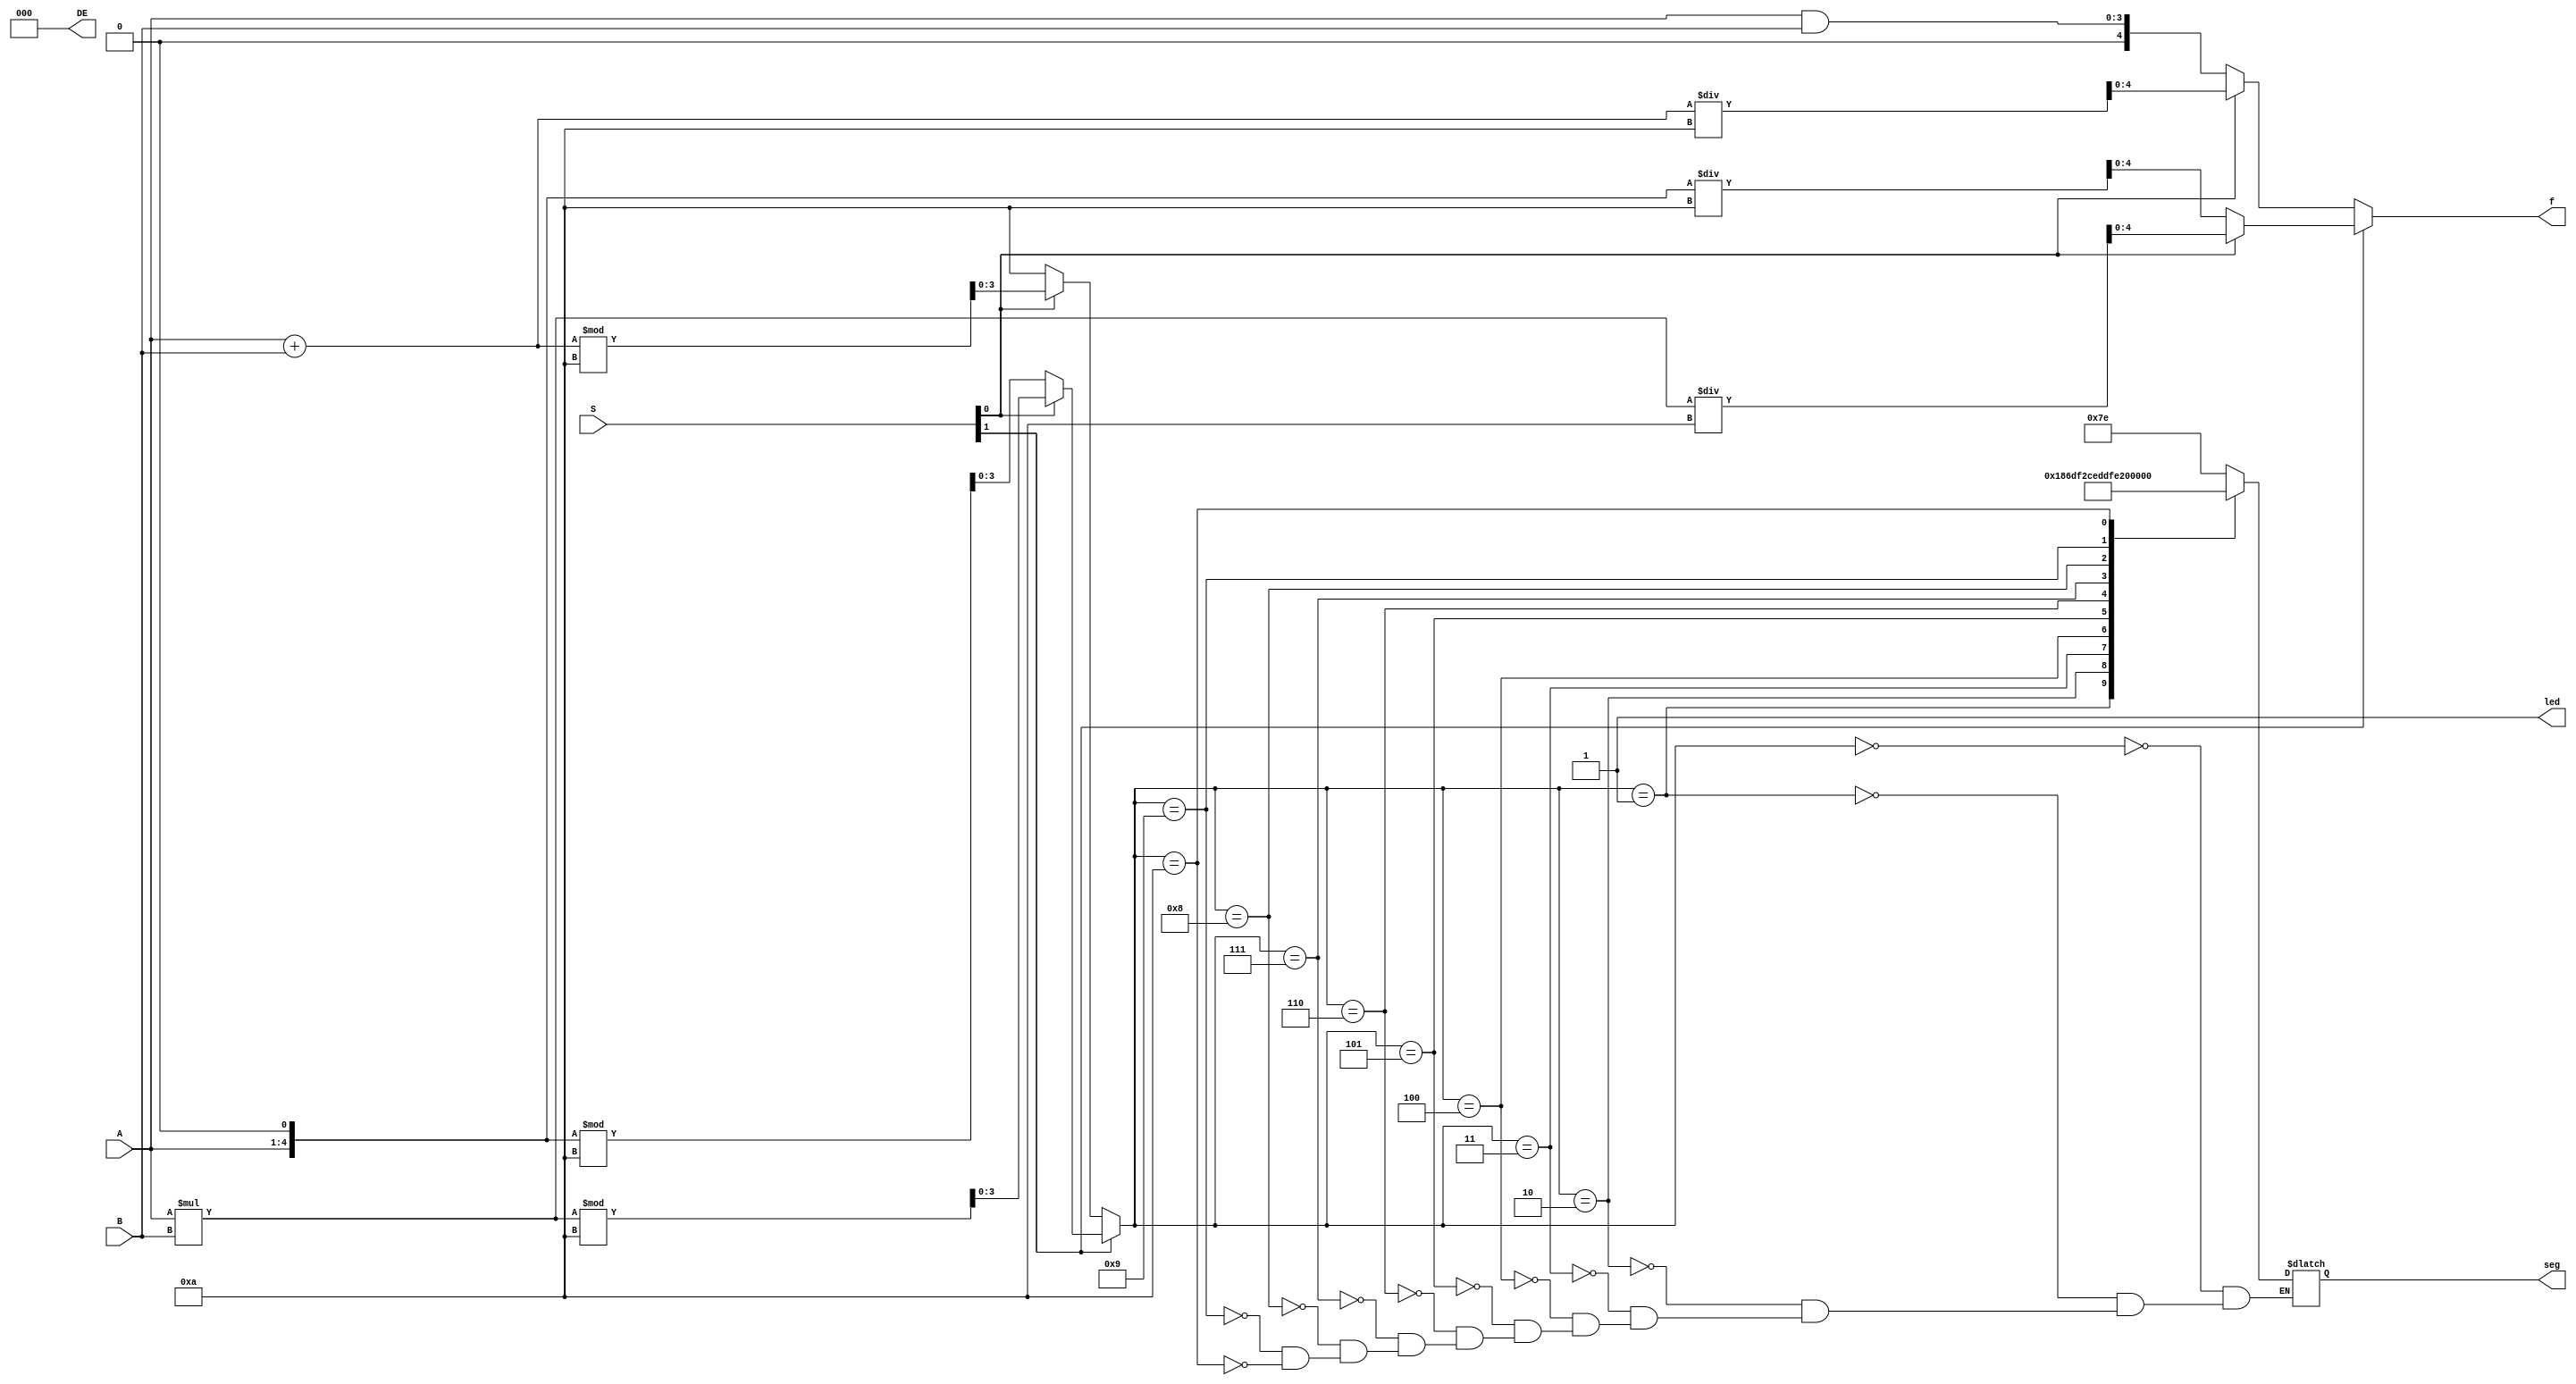
module exp4(f,seg,led,DE,A,B,S); //ALUi
 input [3:0]A,B; //J4-bits@8A[0]~A[3],B[0]~B[3]
 input [1:0]S; //J2-bits@2S[0],S[1]
 output [4:0]f; //X5-bits@5f[0]~f[4]
 output [6:0]seg; //X7-bits@7seg[0]~seg[6]
 output [2:0]DE; //X3-bits@3DE[0]~DE[2]
 output led; //XLEDO
 wire [4:0]x1,x2,x4; //ALUq|15usP
 wire [7:0]x3; //ALUq|8usP
 wire [3:0]out; //ALUq|4usP
 reg [6:0]seg; //Odseg[0]~seg[6]U@ws

 assign x1=A+B; //ix1A+B
 assign x2=A<<1; //ix2A*2
 assign x3=A*B; //ix3A*B
 assign x4=A&B; //ix4A&B

 assign f=S[1]?(S[0]?(x3/10):(x2/10)):(S[0]?(x1/10):x4); 
   //S[1]=1ABS[0]=1Af=x3/10;S[1]=1ABS[0]=0Af=x2/10;
   //S[1]=0ABS[0]=1Af=x1/10;S[1]=0ABS[0]=0Af=x4
 assign out=S[1]?(S[0]?(x3%10):(x2%10)):(S[0]?(x1%10):10); 
   //S[1]=1ABS[0]=1Aout=x3%10;S[1]=1ABS[0]=0Aout=x2%10;
   //S[1]=0ABS[0]=1Aout=x1%10;S[1]=0ABS[0]=0Aout=10

 always@(out) //outAUBehavioral Modelz|Q
   case(out) //HPoutAHUz
     4'd0:seg=7'b1111_110; //out=0ACq0
     4'd1:seg=7'b0110_000; //out=1ACq1
     4'd2:seg=7'b1101_101; //out=2ACq2
     4'd3:seg=7'b1111_001; //out=3ACq3
     4'd4:seg=7'b0110_011; //out=4ACq4
     4'd5:seg=7'b1011_011; //out=5ACq5
     4'd6:seg=7'b1011_111; //out=6ACq6
     4'd7:seg=7'b1110_000; //out=7ACq7
     4'd8:seg=7'b1111_111; //out=8ACq8
     4'd9:seg=7'b1111_011; //out=9ACq9
     4'd10:seg=7'b1110_111; //out=10ACqA
   endcase  //case

 assign led=1'b1; //iLEDO1,Gi,1
 assign DE[0]=0; //iDE[0]0
 assign DE[1]=0; //iDE[1]0
 assign DE[2]=0; //iDE[2]0

endmodule  //ALU